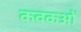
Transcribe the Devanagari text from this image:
कवकओं